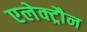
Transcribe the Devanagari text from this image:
एलेक्ट्रौन